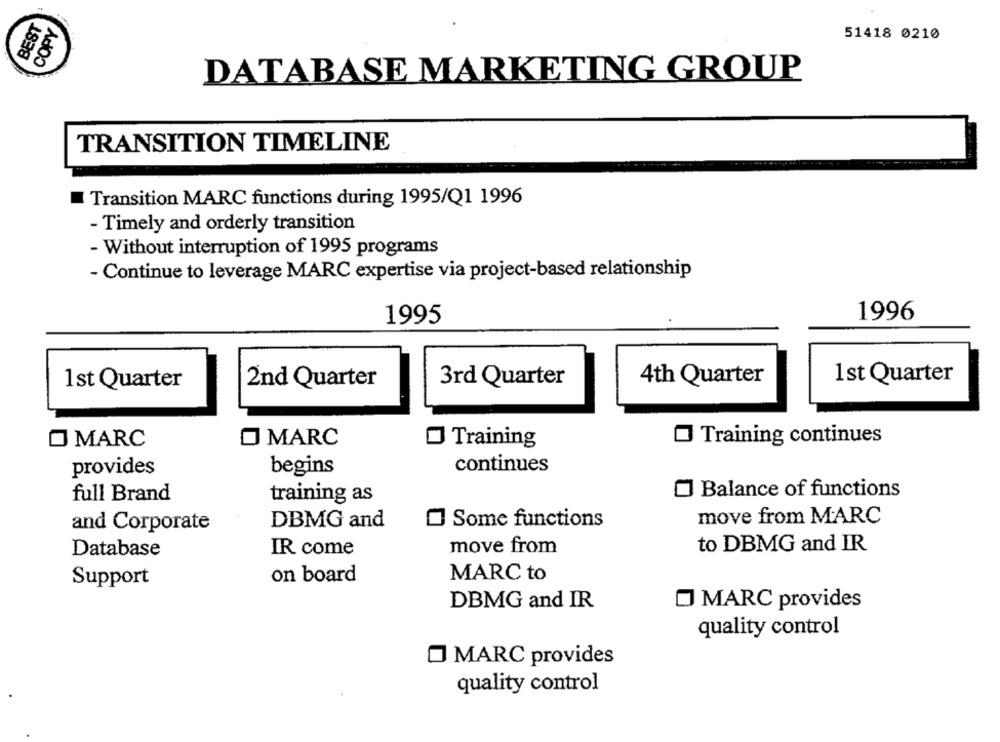
BEST
COPY
51418 0210
DATABASE MARKETING GROUP
TRANSITION TIMELINE
Transition MARC functions during 1995/Q1 1996
- Timely and orderly transition
- Without interruption of 1995 programs
- Continue to leverage MARC expertise via project-based relationship
1995
1996
1 st Quarter
1 st Quarter
2nd Quarter
3rd Quarter
4th Quarter
MARC
O MARC
Training
Training continues
continues
provides
begins
full Brand
] Balance of functions
training as
move from MARC
and Corporate
DBMG and
Some functions
move from
to DBMG and IR
Database
IR come
on board
MARC to
Support
DBMG and IR
MARC provides
quality control
MARC provides
quality control